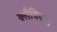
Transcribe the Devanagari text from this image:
क्लैविकल